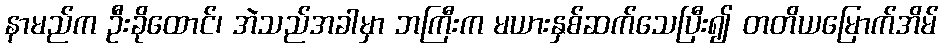
နာမည်က ဦးခိုထောင်၊ အဲသည်အခါမှာ ဘကြီးက မယားနှစ်ဆက်သေပြီး၍ တတိယမြောက်အိမ်